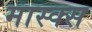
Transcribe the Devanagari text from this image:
मास्क्स